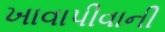
ખાવાપીવાની